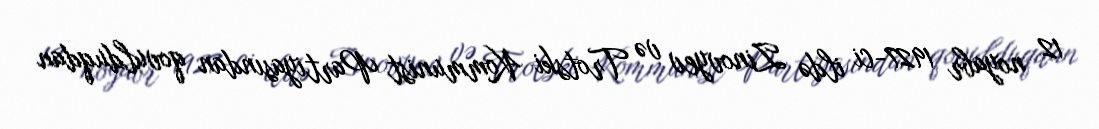
12 noyabr 1927-ci ildə Zinovyev və Trotski Kommunist Partiyasından qovulduqdan